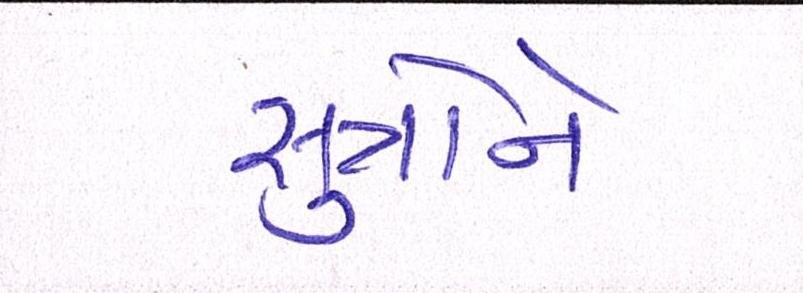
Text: સુત્રોને